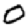
Digit: 0